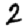
Digit: 2